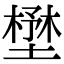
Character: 壄